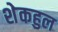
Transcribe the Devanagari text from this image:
शेकहुल